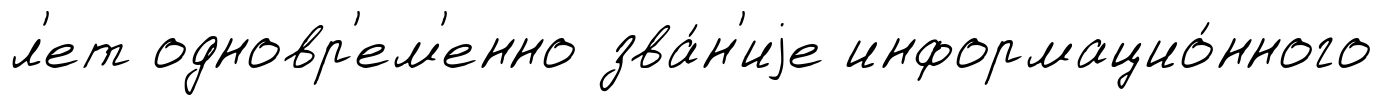
л'ет одновр'ем'енно зва́н'иjе информацио́нного